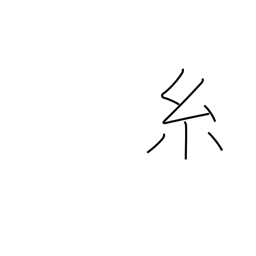
Meaning: thread